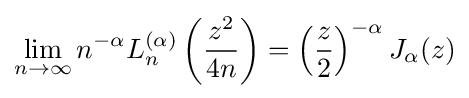
\lim _{n\to \infty }n^{-\alpha }L_{n}^{(\alpha )}\left({\frac {z^{2}}{4n}}\right)=\left({\frac {z}{2}}\right)^{-\alpha }J_{\alpha }(z)